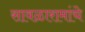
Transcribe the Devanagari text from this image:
सावळारामांचे